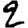
Digit: 2